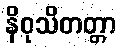
နိဝုသိတတ္တာ